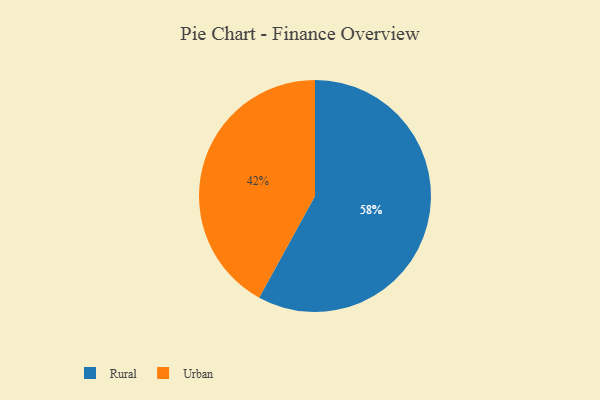
{"axis": {"x": "Category", "y": "Percentage"}, "legend": ["Rural", "Urban"], "data": [{"x": "Urban", "y": 42, "type": "Urban"}, {"x": "Rural", "y": 58, "type": "Rural"}]}